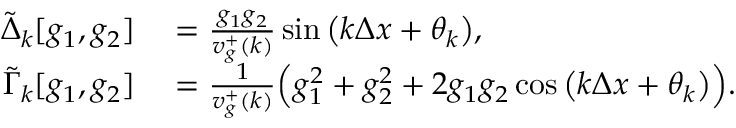
\begin{array} { r l } { \tilde { \Delta } _ { k } [ g _ { 1 } , g _ { 2 } ] } & { { } = \frac { g _ { 1 } g _ { 2 } } { v _ { g } ^ { + } ( k ) } \sin { \big ( k \Delta x + \theta _ { k } \big ) } , } \\ { \tilde { \Gamma } _ { k } [ g _ { 1 } , g _ { 2 } ] } & { { } = \frac { 1 } { v _ { g } ^ { + } ( k ) } \Big ( g _ { 1 } ^ { 2 } + g _ { 2 } ^ { 2 } + 2 g _ { 1 } g _ { 2 } \cos { \big ( k \Delta x + \theta _ { k } \big ) } \Big ) . } \end{array}